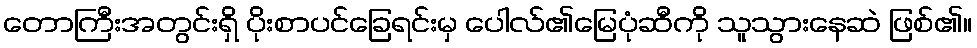
တောကြီးအတွင်းရှိ ပိုးစာပင်ခြေရင်းမှ ပေါလ်၏မြေပုံဆီကို သူသွားနေဆဲ ဖြစ်၏။